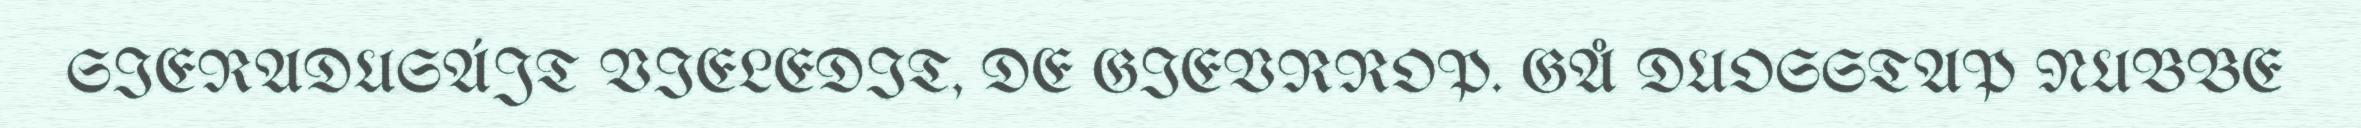
SIERADUSÁJT VIELEDIT, DE GIEVRROP. GÅ DUOSSTAP NUBBE